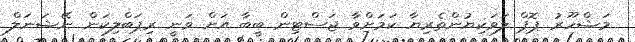
މަޝްހޫރު ޕޮޕް ލަވަކިޔުންތެރިޔާ ކަމަށްވާ ޖަސްޓިން ބީބާ އަށް ވަނީ ރިޕަބްލިކަން ނޭޝަނަލް